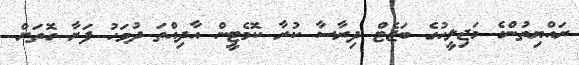
ރައްޔިތުންގެ މަޖިލީހުގެ ބަޖެޓް ދިރާސާ ކުރާ ކޮމެޓީން އާދިއްތަ ދުވަހު ފަށާ ގޮތަށް